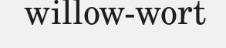
willow-wort